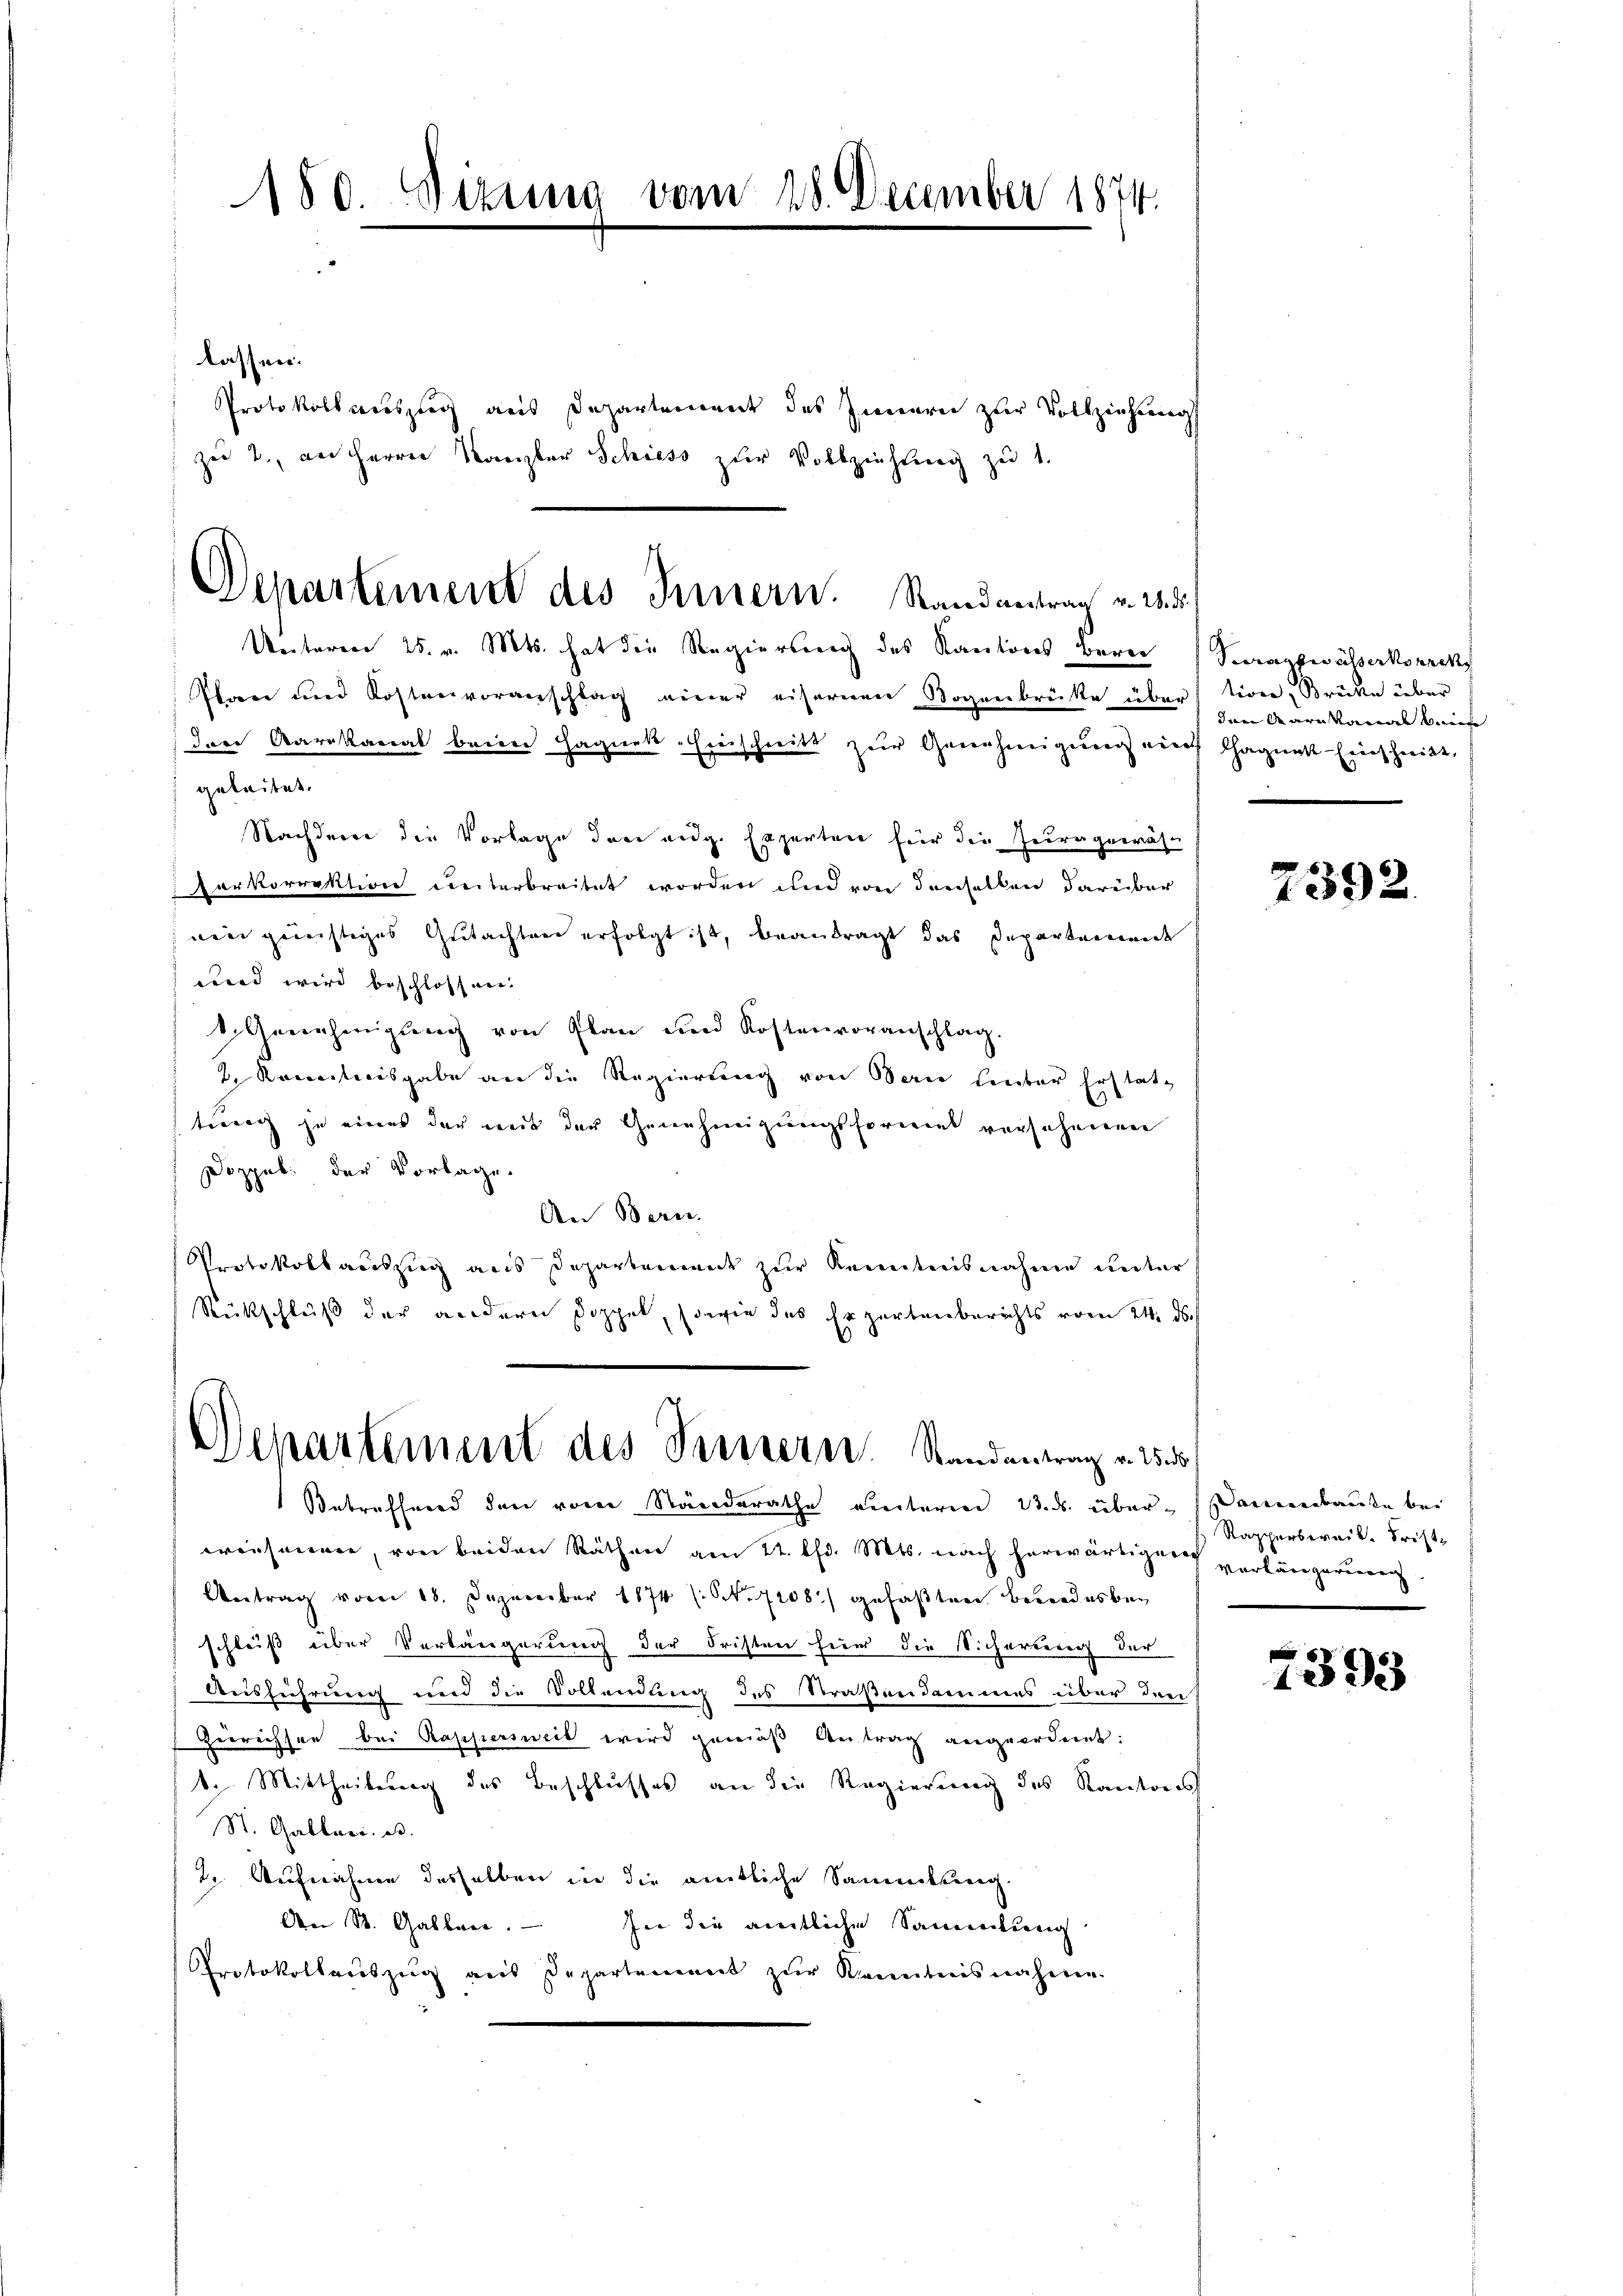
150. Sizung vom 28. December 1874.

lassen.
Protokollsauszug aus Departemonat des Innern zur Vollziehung
zu 2., an Herrn Kanzler Schiess zur Vollziehung zu 1.
Plan und Kostenvoranschlag einer eisernen Bogenbrücke übertion, Brücke über
den Karikanat beim Hagnes Einschnitt zur Genehmigung auch Chagnat Eintheilt,
geleitet.
Nachdene die Vorlage drei aug. Experten für die Zeugewähr
arkorrektion weiterbreitet worden und von denselben darüber
mier gerechtiges Gutachten erfolgt ist, beantragt das Departemende
nnd wird beschlossen:
Genehmigŭng von Plan und Kostenvoranschlag.
2. Renntnisgabe an die Regierung von Berne Leuter Erstattrung je eines der weit der Genehmigungsformel versehenen
Doppel. der Vorlage.
An Bern.
Protokollauszug aus Departement zur Kenntnisnahme unter
Rütschluß der andern Doppel, sowie das Erzartenberichts vom 24. d.

Departement des Innern. Randantrag v. 28. d.
Unteren 25. v. Mts. hat die Regierung des Kantons Berei (Sagfwässerkorrek

Departement des Testern. Randantrag v. 255

den Karikaner beeise

Betreffend den von Ständerathe einterm 23. ds. über-Damenbaute bei
wiesenen, von beiden Räthen am 12. l. Mts. nach herwärtigen vorlängerung
Antrag vom 18. Dezember 1874 (S. 7108) gefaßten Beendesbeschleiß über Verlängerung der Fristen hier die Sicherung der
Ausführung und die Vollendung des Straßendammes über den
Zerreichsen bei Rappersweil wird gemäß Antrag angeordnet:
1. Mittheilung des Beschlusses an die Regierung des Kantons
St. Galleri. e.
2. Aufnahme desselben in die amtliche Sammteig.
An St. Gallen.
fie die amtliche Sammlung
Protokollauszug aus Departement zur Kenntnisnahme.

7392.

Rapperbereit. Friste

g
1393